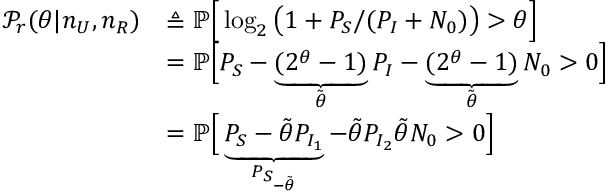
\begin{array} { r l } { \mathcal { P } _ { r } ( \theta | n _ { U } , n _ { R } ) } & { \triangleq \mathbb { P } \Big [ \log _ { 2 } \big ( 1 + P _ { S } / ( P _ { I } + N _ { 0 } ) \big ) > \theta \Big ] } \\ & { = \mathbb { P } \Big [ P _ { S } - \underbrace { ( 2 ^ { \theta } - 1 ) } _ { \Tilde { \theta } } P _ { I } - \underbrace { ( 2 ^ { \theta } - 1 ) } _ { \Tilde { \theta } } N _ { 0 } > 0 \Big ] } \\ & { = \mathbb { P } \Big [ \underbrace { P _ { S } - \Tilde { \theta } P _ { I _ { 1 } } } _ { P _ { S _ { - \Tilde { \theta } } } } - \Tilde { \theta } P _ { I _ { 2 } } \Tilde { \theta } N _ { 0 } > 0 \Big ] } \end{array}